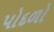
પોદળો